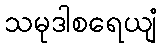
သမုဒါစရေယျံ